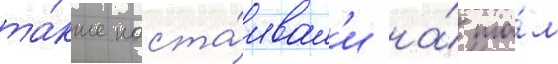
та́кже наста́ивал'и на́ то́м